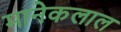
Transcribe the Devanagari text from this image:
मानेकलाल